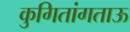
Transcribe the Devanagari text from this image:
कुगितांगताऊ